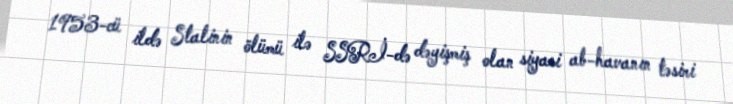
1953-cü ildə Stalinin ölümü ilə SSRİ-də dəyişmiş olan siyasi ab-havanın təsiri